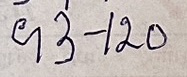
93 - 120